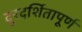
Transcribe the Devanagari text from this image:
दूरदर्शितापूर्ण